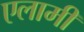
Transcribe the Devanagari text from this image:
एलामी